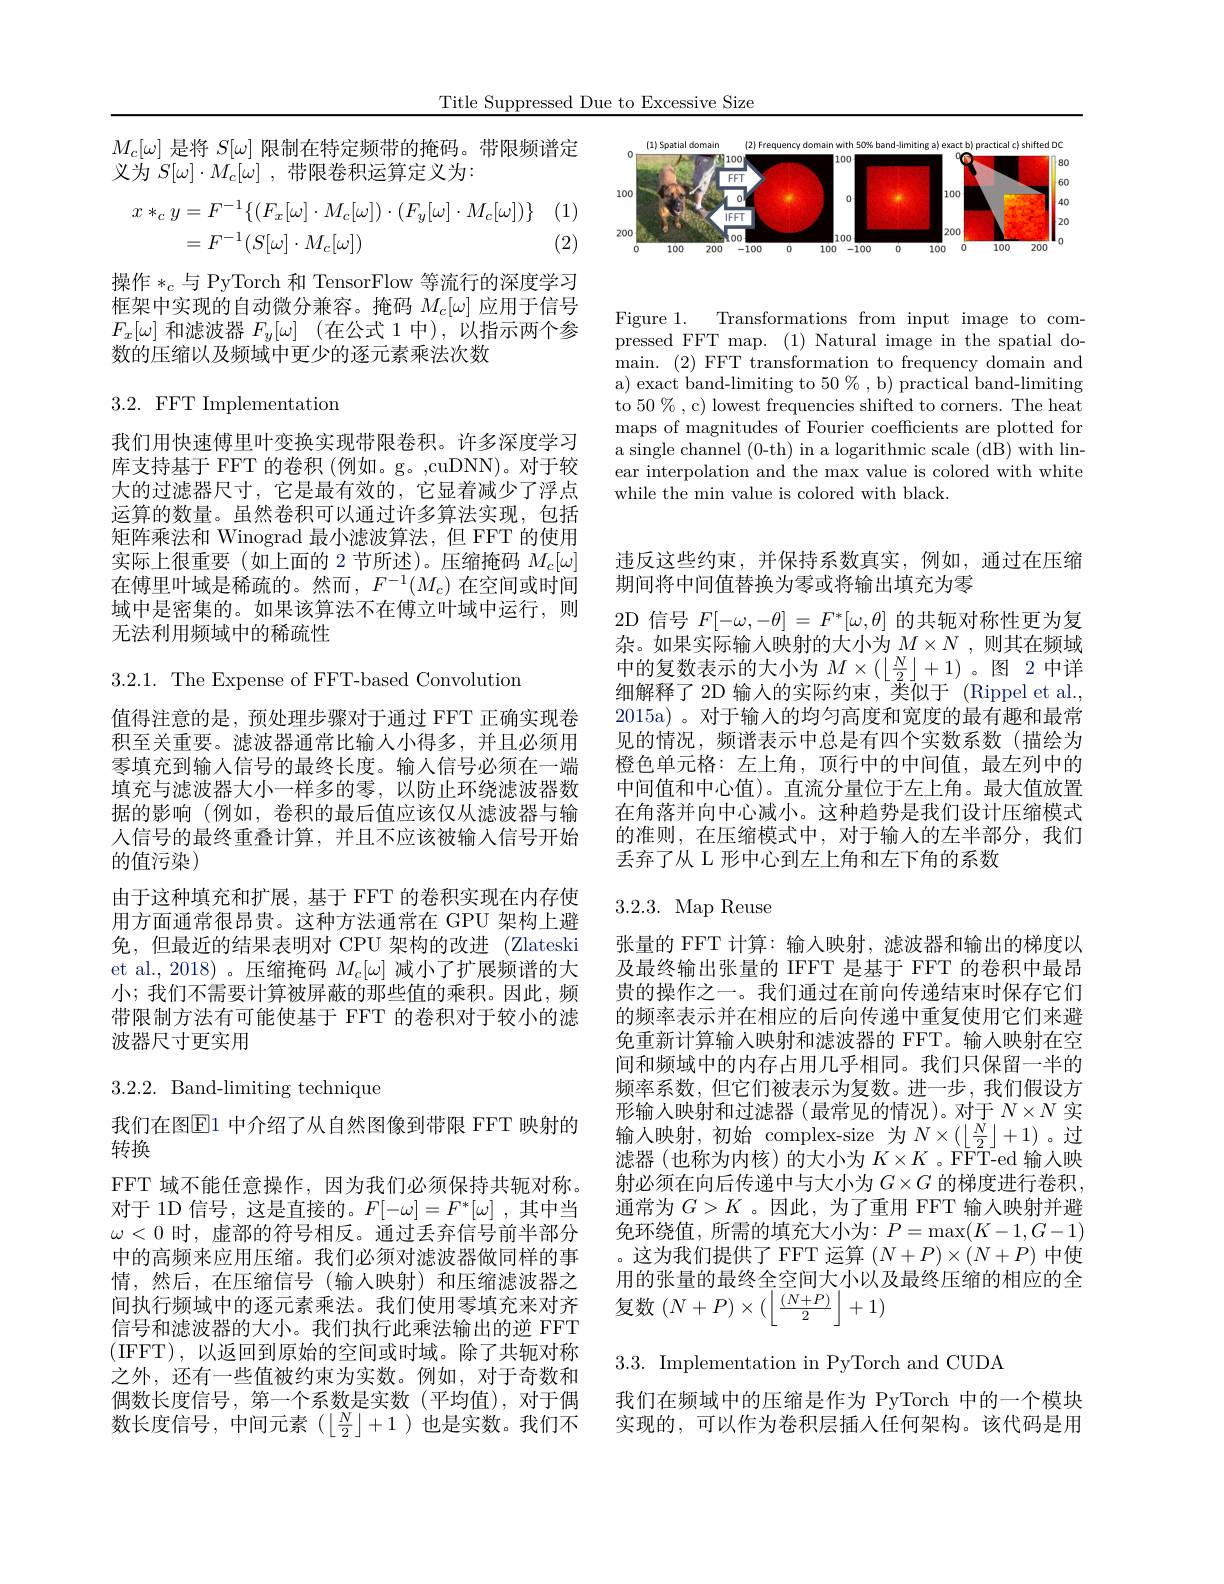
Title Suppressed Due to Excessive Size

<FigureHere>

Figure 1. Transformations from input image to compressed FFT map. (1) Natural image in the spatial do- $\operatorname*{main.}{(2)}$FFT transformation to frequency domain and a) exact band-limiting to $50\%$, b) practical band-limiting to 50 % , c) lowest frequencies shifted to corners. The heat maps of magnitudes of Fourier coefficients are plotted for a single channel (0-th) in a logarithmic scale (dB) with linear interpolation and the max value is colored with white while the min value is colored with black.

$M_c[\omega]$是将$S[\omega]$限制在特定频带的掩码。带限频谱定
义为$S[ \omega ] \cdot M_{c}[ \omega ]$ ,带限卷积运算定义为：

(1)
$$\begin{aligned}x*_cy&=F^{-1}\{(F_x[\omega]\cdot M_c[\omega])\cdot(F_y[\omega]\cdot M_c[\omega])\}\\&=F^{-1}(S[\omega]\cdot M_c[\omega])\end{aligned}$$
(2)

操作$*_c$与 PyTorch 和 TensorFlow 等流行的深度学习框架中实现的自动微分兼容。掩码$M_c[\omega]$应用于信号$F_x[\omega]$ 和滤波器 $F_y[ \omega ]$ (在公式 1 中),以指示两个参数的压缩以及频域中更少的逐元素乘法次数

$3.2.~{\mathrm{FFT}}~{\mathrm{Implementation}}$

我们用快速傅里叶变换实现带限卷积。许多深度学习库支持基于 FFT 的卷积 (例如。g。,cuDNN)。对于较大的过滤器尺寸，它是最有效的，它显着减少了浮点运算的数量。虽然卷积可以通过许多算法实现，包括矩阵乘法和 Winograd 最小滤波算法，但 FFT 的使用实际上很重要(如上面的 2节所述)。压缩掩码$M_c[\omega]$ 在傅里叶域是稀疏的。然而$,F^{-1}(M_c)$ 在空间或时间域中是密集的。如果该算法不在傅立叶域中运行，则无法利用频域中的稀疏性

3.2.1. The Expense of FFT-based Convolution

值得注意的是，预处理步骤对于通过 FFT 正确实现卷积至关重要。滤波器通常比输入小得多，并且必须用零填充到输入信号的最终长度。输入信号必须在一端填充与滤波器大小一样多的零，以防止环绕滤波器数据的影响(例如，卷积的最后值应该仅从滤波器与输人信号的最终重叠计算，并且不应该被输入信号开始的值污染)
由于这种填充和扩展，基于 FFT 的卷积实现在内存使用方面通常很昂贵。这种方法通常在 GPU 架构上避免，但最近的结果表明对 CPU 架构的改进 (Zlateski et al.,2018)。压缩掩码$M_c[\omega]$减小了扩展频谱的大小；我们不需要计算被屏蔽的那些值的乘积。因此，频带限制方法有可能使基于 FFT 的卷积对于较小的滤波器尺寸更实用

# 3.2.2.Band-limiting technique

我们在图$\mathbb{E}$1 中介绍了从自然图像到带限 FFT 映射的
转换
FFT 域不能任意操作，因为我们必须保持共轭对称。对于 1D 信号，这是直接的。$F[-\omega]=F^*[\omega]$ ,其中当$\omega<0$时，虚部的符号相反。通过丢弃信号前半部分中的高频来应用压缩。我们必须对滤波器做同样的事情，然后，在压缩信号(输人映射)和压缩滤波器之间执行频域中的逐元素乘法。我们使用零填充来对齐信号和滤波器的大小。我们执行此乘法输出的逆 FFT (IFFT),以返回到原始的空间或时域。除了共轭对称之外，还有一些值被约束为实数。例如，对于奇数和偶数长度信号，第一个系数是实数(平均值),对于偶数长度信号，中间元素($\left\lfloor\frac N2\right\rfloor+1$)也是实数。我们不

违反这些约束，并保持系数真实，例如，通过在压缩
期间将中间值替换为零或将输出填充为零
2D 信号$F[-\omega,-\theta]=F^*[\omega,\theta]$的共轭对称性更为复杂。如果实际输入映射的大小为$M\times N$,则其在频域中的复数表示的大小为$M\times(\left\lfloor\frac{N}{2}\right\rfloor+1)$。图 2中详细解释了 2D 输入的实际约束，类似于 (Rippel et al., 2015a) 。对于输入的均匀高度和宽度的最有趣和最常见的情况，频谱表示中总是有四个实数系数(描绘为橙色单元格：左上角，顶行中的中间值，最左列中的中间值和中心值)。直流分量位于左上角。最大值放置在角落并向中心减小。这种趋势是我们设计压缩模式的准则，在压缩模式中，对于输入的左半部分，我们丢弃了从 L 形中心到左上角和左下角的系数

3.2.3. Map Reuse

张量的 FFT 计算：输入映射，滤波器和输出的梯度以及最终输出张量的 IFFT 是基于 FFT 的卷积中最昂贵的操作之一。我们通过在前向传递结束时保存它们的频率表示并在相应的后向传递中重复使用它们来避免重新计算输入映射和滤波器的 FFT。输人映射在空间和频域中的内存占用几乎相同。我们只保留一半的频率系数，但它们被表示为复数。进一步，我们假设方形输人映射和过滤器(最常见的情况)。对于$N\times N$实输入映射，初始 complex-size 为$N\times(\left\lfloor\frac{N}{2}\right\rfloor+1)$。过滤器(也称为内核)的大小为$K\times K$ 。FFT-ed 输入映射必须在向后传递中与大小为$G\times G$的梯度进行卷积， 通常为$G>K$ 。因此，为了重用 FFT 输入映射并避免环绕值，所需的填充大小为$:P=\max(K-1,G-1)$ 。这为我们提供了 FFT 运算$(N+P)\times(N+P)$中使用的张量的最终全空间大小以及最终压缩的相应的全复数$(N+P)\times(\left\lfloor\frac{(N+P)}{2}\right\rfloor+1)$

3.3. Implementation in PyTorch and CUDA

我们在频域中的压缩是作为 PyTorch 中的一个模块实现的，可以作为卷积层插入任何架构。该代码是用